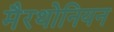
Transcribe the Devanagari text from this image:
मैरथोनियन